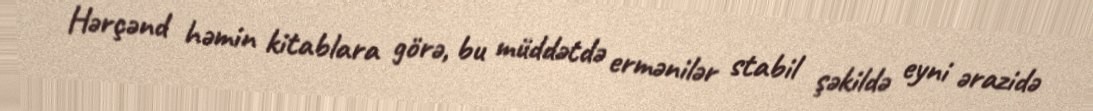
Hərçənd həmin kitablara görə, bu müddətdə ermənilər stabil şəkildə eyni ərazidə